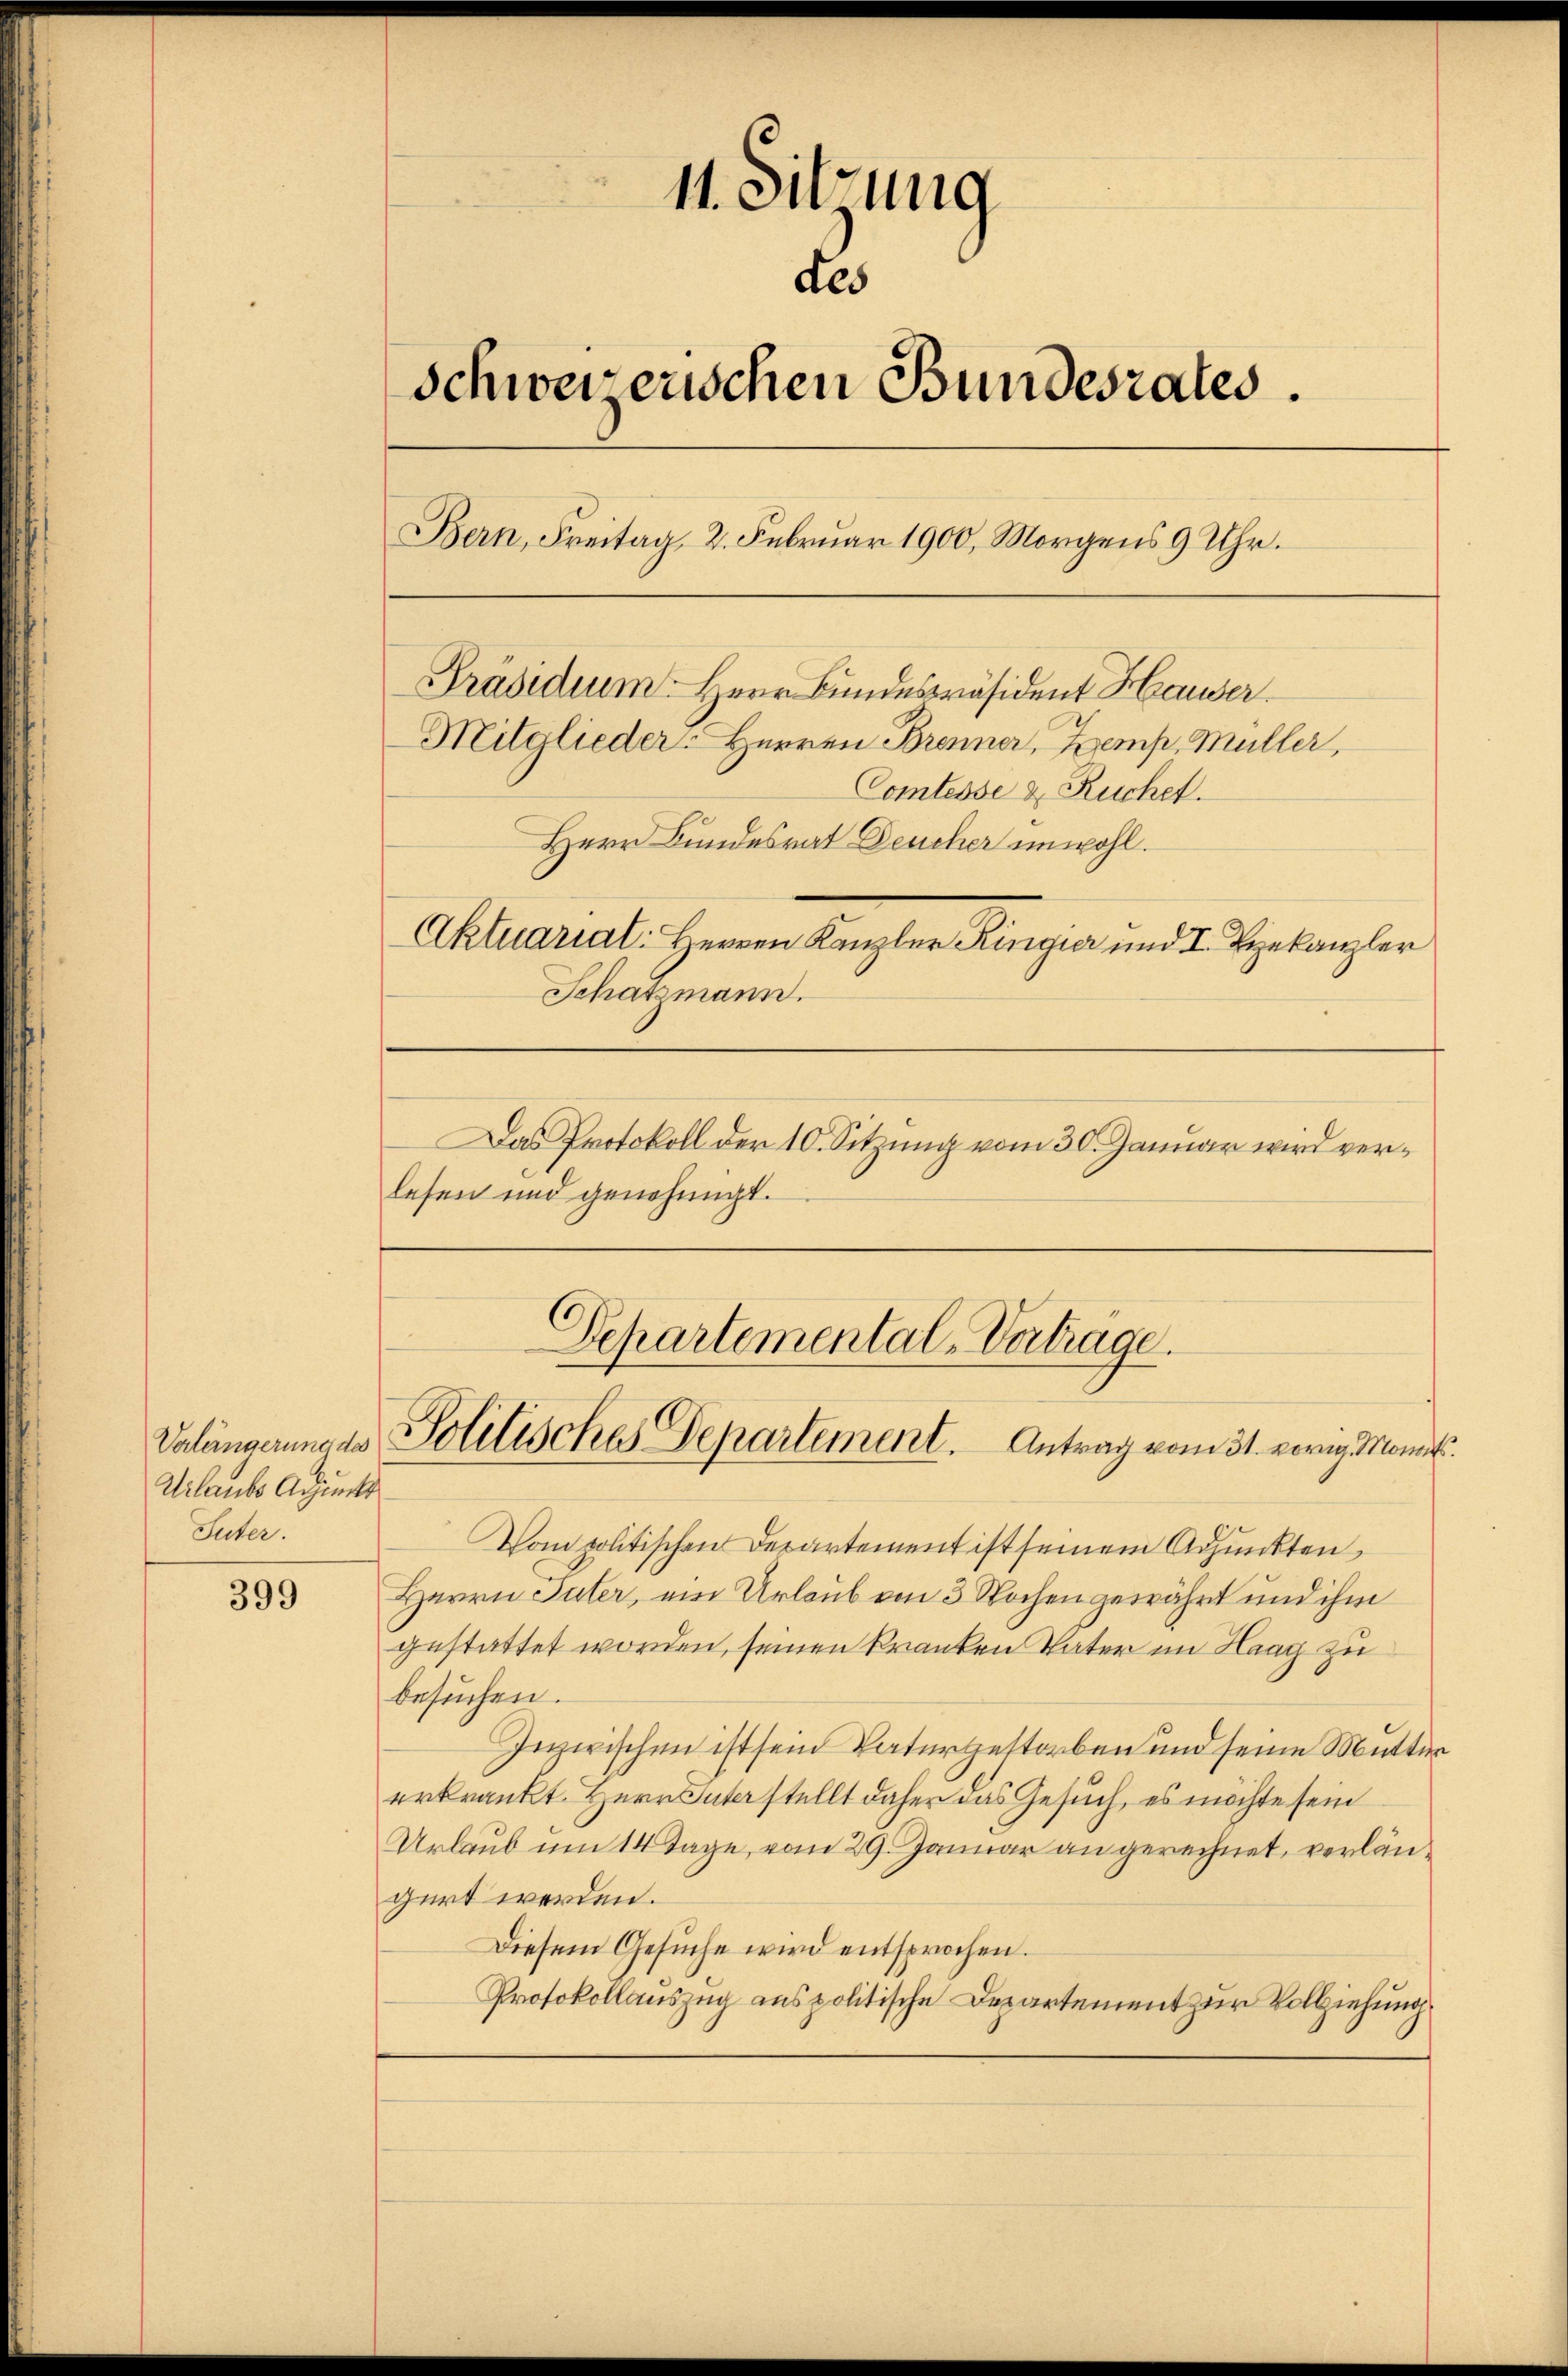
Verlängerung des
Urlaubs Adjunkt
Suter.

399

11. Sitzung
Schweizerischen Bundesrates.
Bern, Freitag 2. Febrŭar 1900, Morgens 9 Uhr.
Präsidium Herr Bundespräsident Hauser
Mitglieder: Herren Brenner, Zemp, Müller,
Comtesse & Ruchet.
Herr Bundesrat Deucher unwohl.
Aktuarial: Herren Kanzler Ringier und I. Bekanzler
Schatzmann.
Das Protokoll der 10. Sitzung vom 30. Januar wird ver¬

lesen und genehmigt.

des

Departemental-Verträge.
Politisches Departement. Antrag vom 31. vorig. Monit.

Vom politischen Departement ist seinem Adjunkten,
Herrn Suter, ein Urlaub von 3 Wochen gewährt und ihm
gestattet worden, seinen kranken Vater im Haag zu
besuchen.
Inzwischen ist sein Vatergestorben und seine Mutter
erkrankt. Herr Unterstellt daher das Gesuch, es möchte sein
Urbrub um 14 Tage, vom 29. Januar an gerechnet, verlängert werden.
Diesem Gesuche wird entsprochen.
Protokollauszug aus politische Departement zur Vollziehung